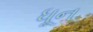
ધૂન